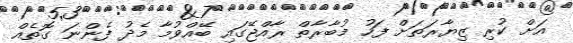
އަށް ކުރި ޒިޔާރަތަށް ފަހު މުބާރާތް ރާއްޖޭގައި ބޭއްވުމާ މެދު ފެންނަ ގޮތެއް